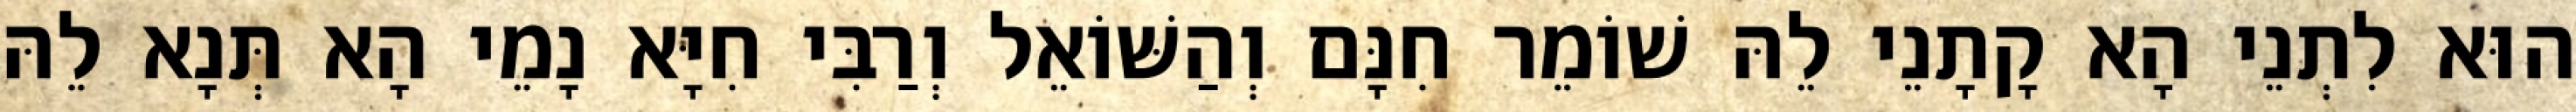
הוּא לִתְנֵי הָא קָתָנֵי לֵהּ שׁוֹמֵר חִנָּם וְהַשּׁוֹאֵל וְרַבִּי חִיָּא נָמֵי הָא תְּנָא לֵהּ